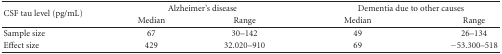
<table><thead><tr><td rowspan="2"><b>CSF tau level (pg/mL)</b></td><td colspan="2"><b>Alzheimer&#x27;s disease</b></td><td colspan="2"><b>Dementia due to other causes</b></td></tr><tr><td><b>Median</b></td><td><b>Range</b></td><td><b>Median</b></td><td><b>Range</b></td></tr></thead><tbody><tr><td>Sample size</td><td>67</td><td>30–142</td><td>49</td><td>26–134</td></tr><tr><td>Effect size</td><td>429</td><td>32.020–910</td><td>69</td><td>−53.300–518</td></tr></tbody></table>